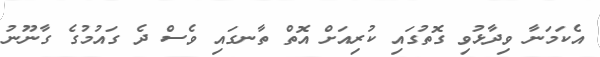
އެކަމަނާ ވިދާޅުވި ގޮތުގައި ކުރިއަށް އޮތް ތާނގައި ވެސް ދެ ގައުމުގެ ގާނޫނު